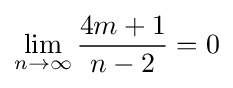
\lim _{n\to \infty }{\frac {4m+1}{n-2}}=0